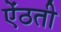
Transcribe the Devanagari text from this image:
ऐंठती